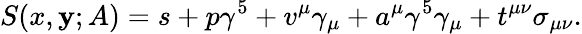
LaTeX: S(x,\mathbf{y};A)=s+p\gamma^{5}+v^{\mu}\gamma_{\mu}+a^{\mu}\gamma^{5}\gamma_{\mu}+t^{\mu\nu}\sigma_{\mu\nu}.